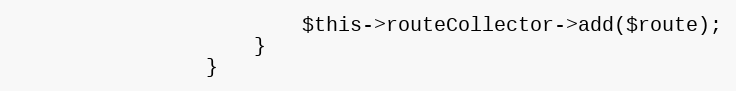
Language: PHP
                        $this->routeCollector->add($route);
                    }
                }